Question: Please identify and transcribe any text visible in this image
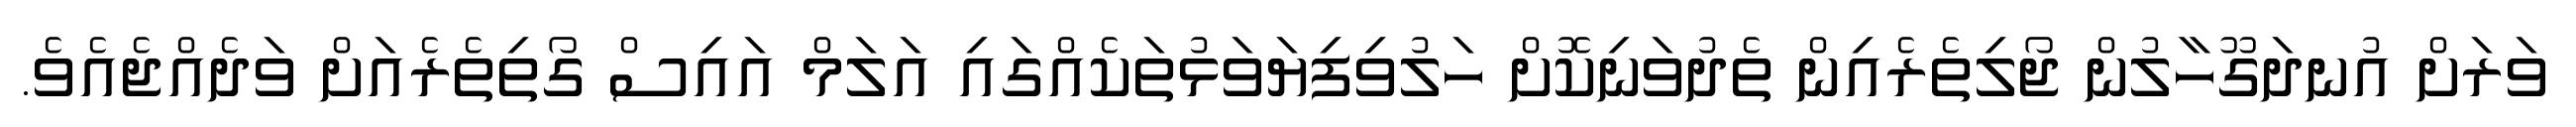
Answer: ވަރަށް އުނދަގޫހާލުން ޖޯލިތެރެއިން ތެދުވަނިކޮށް ހަލުވިފިޔަވަޅުތަކެއްގައި އަލަމް އައިސް ގޯތިތެރެއަށް ވަދެއްޖެއެވެ.